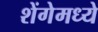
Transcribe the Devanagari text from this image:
शेंगेमध्ये